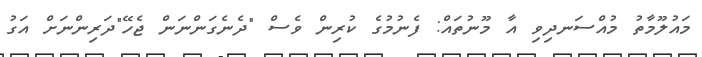
މައުލޫމާތު މުއްސަނދިވި އާ މޫނުތައް: ފެނުމުގެ ކުރިން ވެސް "ދެނެގަންނަން ޖެހޭ"ދަރިންނަށް އަގު